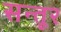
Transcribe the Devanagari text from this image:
सन्तूर